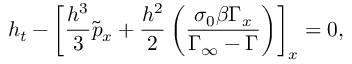
h _ { t } - \left[ \frac { h ^ { 3 } } { 3 } \tilde { p } _ { x } + \frac { h ^ { 2 } } { 2 } \left( \frac { \sigma _ { 0 } \beta \Gamma _ { x } } { \Gamma _ { \infty } - \Gamma } \right) \right] _ { x } = 0 ,